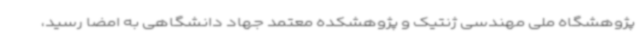
پژوهشگاه ملی مهندسی ژنتیک و پژوهشکده معتمد جهاد دانشگاهی به امضا رسید،